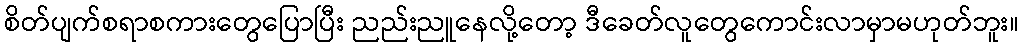
စိတ်ပျက်စရာစကားတွေပြောပြီး ညည်းညူနေလို့တော့ ဒီခေတ်လူတွေကောင်းလာမှာမဟုတ်ဘူး။